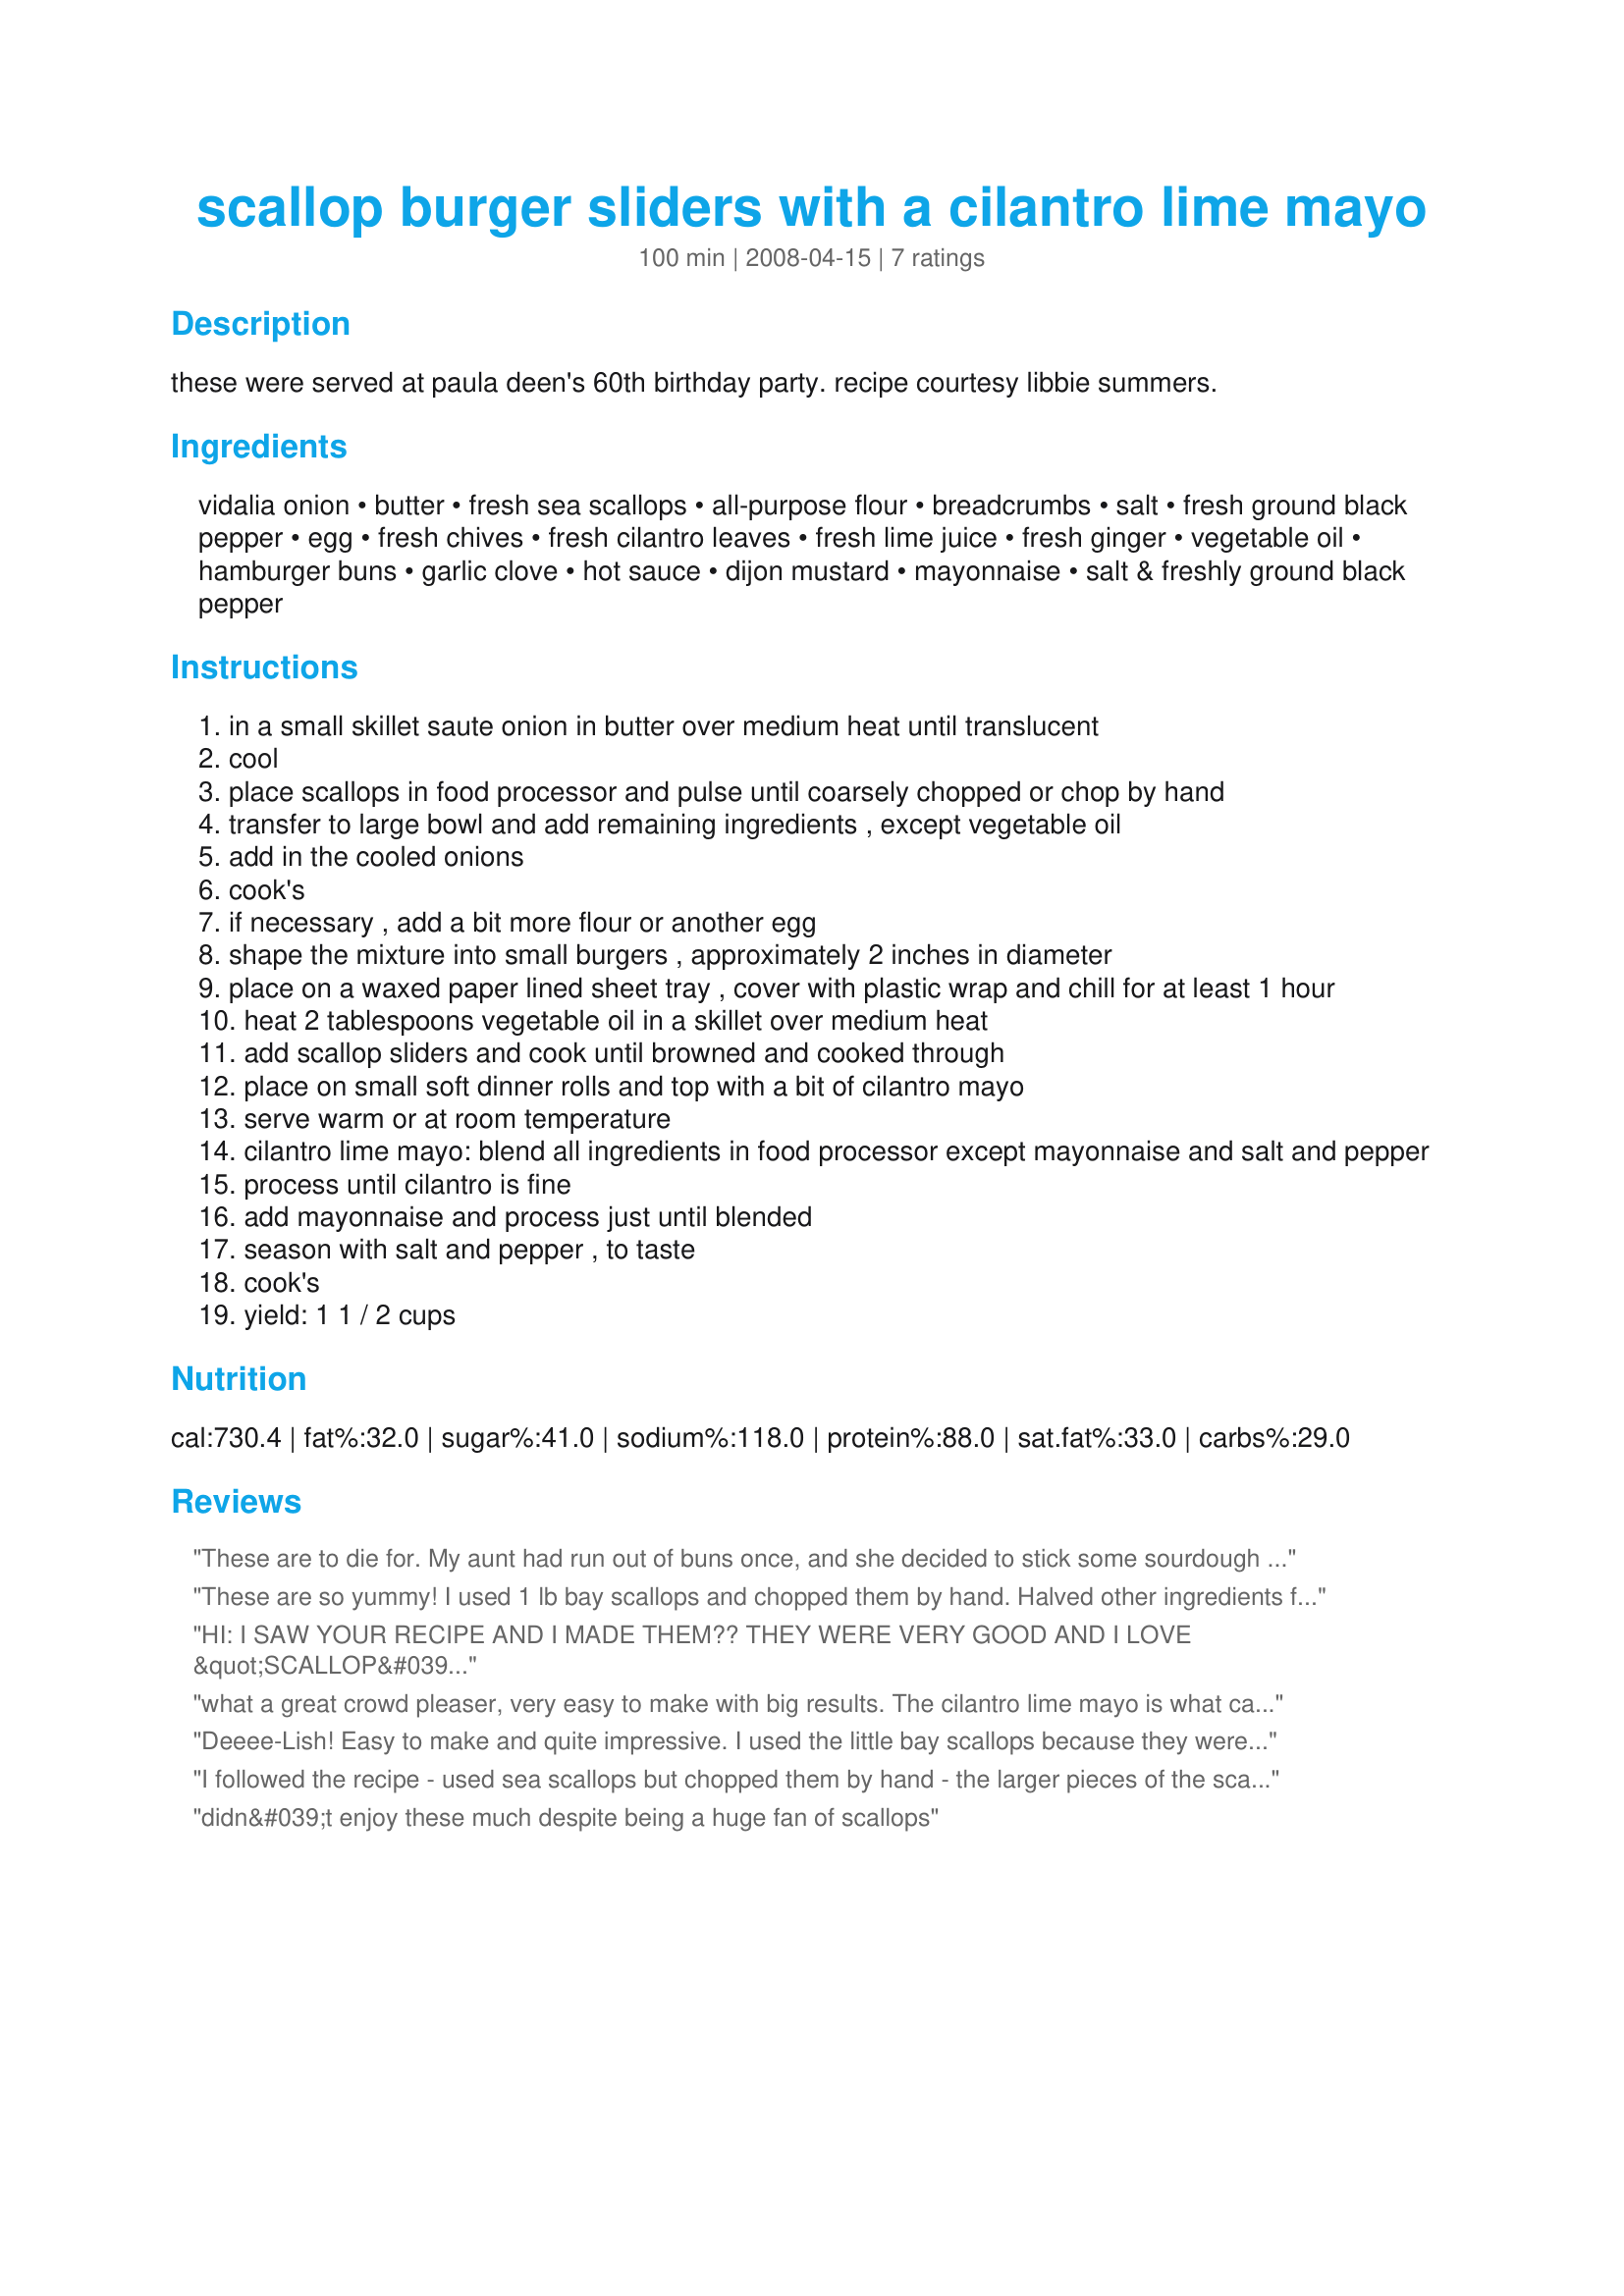
scallop burger sliders with a cilantro lime mayo
Preparation time: 100 minutes

these were served at paula deen's 60th birthday party. recipe courtesy libbie summers.

Ingredients:
vidalia onion, butter, fresh sea scallops, all-purpose flour, breadcrumbs, salt, fresh ground black pepper, egg, fresh chives, fresh cilantro leaves, fresh lime juice, fresh ginger, vegetable oil, hamburger buns, garlic clove, hot sauce, dijon mustard, mayonnaise, salt & freshly ground black pepper

Steps:
in a small skillet saute onion in butter over medium heat until translucent
cool
place scallops in food processor and pulse until coarsely chopped or chop by hand
transfer to large bowl and add remaining ingredients , except vegetable oil
add in the cooled onions
cook's
if necessary , add a bit more flour or another egg
shape the mixture into small burgers , approximately 2 inches in diameter
place on a waxed paper lined sheet tray , cover with plastic wrap and chill for at least 1 hour
heat 2 tablespoons vegetable oil in a skillet over medium heat
add scallop sliders and cook until browned and cooked through
place on small soft dinner rolls and top with a bit of cilantro mayo
serve warm or at room temperature
cilantro lime mayo: blend all ingredients in food processor except mayonnaise and salt and pepper
process until cilantro is fine
add mayonnaise and process just until blended
season with salt and pepper , to taste
cook's
yield: 1 1 / 2 cups

Reviews:
These are to die for. My aunt had run out of buns once, and she decided to stick some sourdough slices in the oven until they were firm and crispy, coated them in olive oil, and served the sliders pizza style. Mayo still goes on top. They're awesome. I hate to say we've got something better than Paula can come up with, but my aunt who's name is also Paula can say it loud and proud.
These are so yummy! I used 1 lb bay scallops and chopped them by hand. Halved other ingredients for the scallop patties but kept one egg. So I had to use a bit more breadcrumbs (I chose Italian seasoned breadcrumbs) to make the patties not too loose. Instead of pan frying, I grilled the patties on a George Foreman Grill for 2 minutes. The sliders with Cilantro-Lime Mayo were fantastic! The same day, I cooked a tuna steak just so I could eat the mayo. Absolutely delicious!
HI:
I SAW YOUR RECIPE AND I MADE THEM?? THEY WERE VERY GOOD AND I LOVE &quot;SCALLOP&#039;S&quot;??
I COULD MAKE A MEAL OUT OF THESE?? THEY ARE VERY TASTY!!
GOT ANY MORE &quot;SCALLOP&#039;S&quot; RECIPES??

POTAGE
what a great crowd pleaser, very easy to make with big results. The cilantro lime mayo is what can I say PERFECT
Deeee-Lish! Easy to make and quite impressive. I used the little bay scallops because they were half the price of big sea scallops and the results were great. I chopped mine by hand and also did not blend my cilantro-lime mayo. Instead I left it a little more rustic and hand chopped the cilantro and garlic and mixed it together. I made it about an hour ahead of time so the flavors could meld. Also, I did not have time to let the little burgers sit in the refridge for an hour so I stuck them in the freezer for about 15 minutes. Cooked them on a cast iron griddle on the grill! Yum!!
I followed the recipe - used sea scallops but chopped them by hand - the larger pieces of the scallops were delicious! Did not use food processor for mayo. I brought these to a party where they pretty much vanished with everyone asking for the recipe. I put them on potato bread dinner rolls -- will keep this recipe!
Added later:
I put this recipe (MINUS the buns/rolls and mayo) through Weight Watchers recipe builder. I make mini sliders - 24 servings when I make these. If you do that - they burgers themselves are two points. If you make 18 servings the points are STILL 2 each according to the recipe builder. Just add your bread and mayo points!
didn&#039;t enjoy these much despite being a huge fan of scallops
